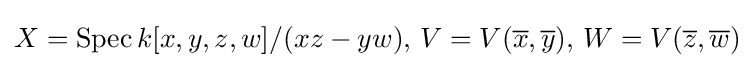
X=\operatorname {Spec} k[x,y,z,w]/(xz-yw),\,V=V({\overline {x}},{\overline {y}}),\,W=V({\overline {z}},{\overline {w}})